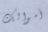
أموالك